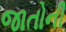
જાતોની